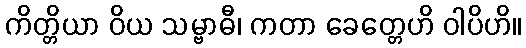
ကိတ္တိယာ ဝိယ သမ္ဗာဓီ၊ ကတာ ခေတ္တေဟိ ဝါပိဟိ။